Madras plague regulations and rules for the inspection of inward and outward bound vessels - Volume 2
Disease focus: Plague
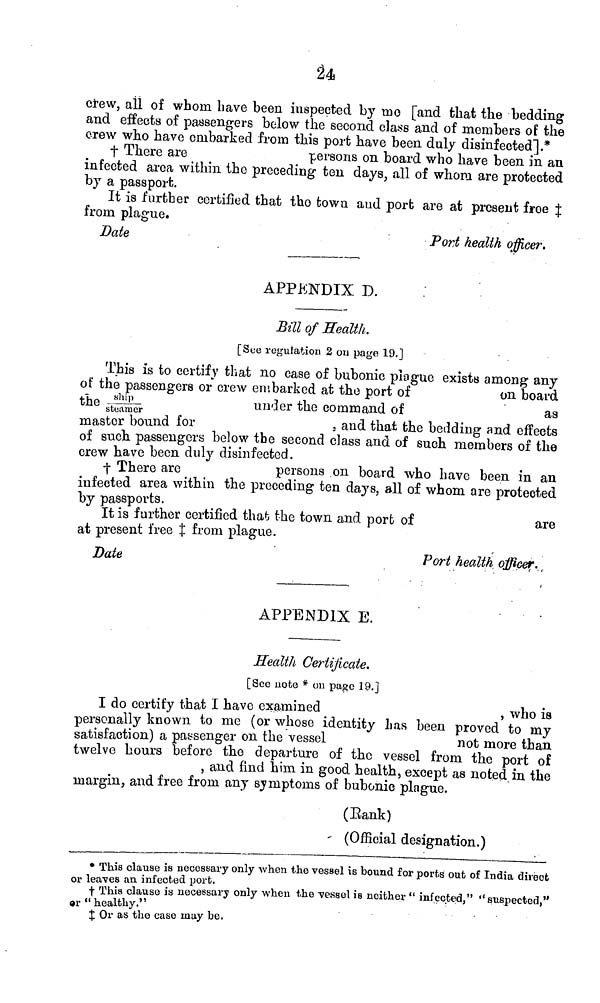
24
crew, all of whom have been inspected by me [and that the bedding
and effects of passengers below the second class and of members of the
crew who have embarked from this port have been duly disinfected].*
† There are
persons on board who have been in an
infected area within the preceding ten days, all of whom are protected
by a passport.
It is further certified that the town and port are at present froe ‡
from plague.
Date
Port health officer.
APPENDIX D.
Bill of Health,.
[See regulation 2 ou page 19.]
This is to certify that no case of bubonic plague exists among any
of the passengers or crew embarked at the port of
on board
the
ship/steamer
under the command of
as
master bound for
. and that the bedding and effects
of such, passengers below the second class and of such members of the
crew have been duly disinfected.
† There are
persons on board who have been in an
infected area within the preceding ten days, all of whom are protected
by passports.
It is farther certified that the town and port of
are
at present free ‡ from plague.
Date
Port health officer.
APPENDIX E.
Health Certificate.
[Sec note * on page 19.]
I do certify that I have examined
, who is
personally known to me (or whoso identity has been proved to my
satisfaction) a passenger on the vessel
not more than
twelve hours before the departure of tho vessel from the port of
, and find him. in good health, except as noted in the
margin, and free from any symptoms of bubonic plague.
(Eank)
(Official designation.)
* This clause is necessary only -when the vessel is bound for ports out of India direct
or leaves an infected port.
† This clause is necessary only when the vessel is neither " infected," "suspected,"
ar "healthy."
‡ Or as tho case may be.